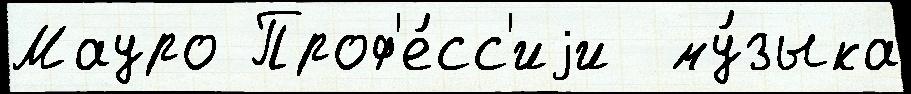
Мауро Проф'е́сс'иjи  му́зыка